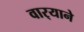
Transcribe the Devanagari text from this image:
वार्‍याने